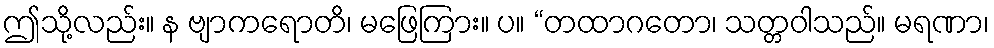
ဤသို့လည်း။ န ဗျာကရောတိ၊ မဖြေကြား။ ပ။ “တထာဂတော၊ သတ္တဝါသည်။ မရဏာ၊